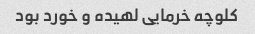
کلوچه خرمایی لهیده و خورد بود